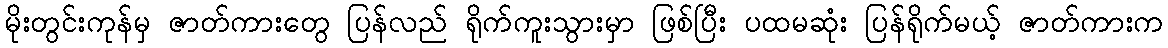
မိုးတွင်းကုန်မှ ဇာတ်ကားတွေ ပြန်လည် ရိုက်ကူးသွားမှာ ဖြစ်ပြီး ပထမဆုံး ပြန်ရိုက်မယ့် ဇာတ်ကားက